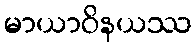
မာယာဝိနယဿ